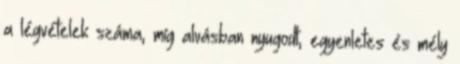
a légvételek száma, míg alvásban nyugodt, egyenletes és mély